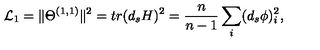
{ \cal L } _ { 1 } = \Vert \Theta ^ { ( 1 , 1 ) } \Vert ^ { 2 } = t r ( d _ { s } H ) ^ { 2 } = \frac { n } { n - 1 } \sum _ { i } ( d _ { s } \phi ) _ { i } ^ { 2 } ,